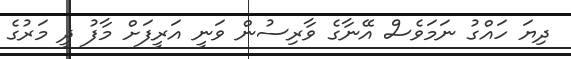
ދިޔަ ހައްގު ނަމަވެސް އޭނާގެ ވާރިސުން ވަނީ އަރީފަށް މާފު ދީ މަރުގެ